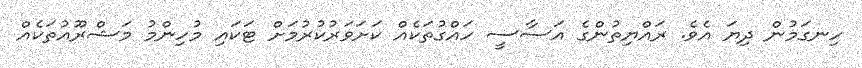
ހިނގަމުން ދިޔަ އެވެ. ރައްޔިތުންގެ އަސާސީ ހައްގުތަކެއް ކަށަވަރުކުރުމަށް ޓަކައި މުހިންމު މަޝްރޫއުތަކެއް